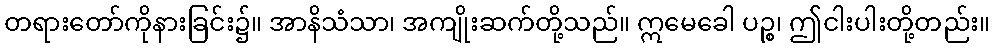
တရားတော်ကိုနားခြင်း၌။ အာနိသံသာ၊ အကျိုးဆက်တို့သည်။ ဣမေခေါ ပဉ္စ၊ ဤငါးပါးတို့တည်း။